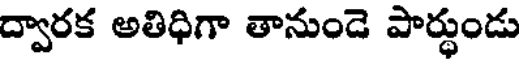
ద్వారక అతిధిగా తానుండె పార్థుండు